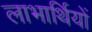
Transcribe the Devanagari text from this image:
लाभार्थियों